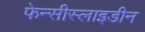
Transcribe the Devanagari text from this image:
फेन्सीस्लाइडीन